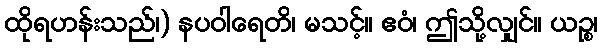
ထိုရဟန်းသည်၊) နပဝါရေတိ၊ မသင့်။ ဧဝံ၊ ဤသို့လျှင်။ ယဉ္စ၊